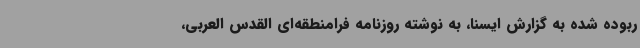
ربوده شده به گزارش ایسنا، به نوشته روزنامه فرامنطقه‌ای القدس العربی،